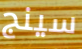
سينج